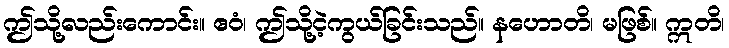
ဤသို့လည်းကောင်း။ ဧဝံ၊ ဤသို့ငဲ့ကွယ်ခြင်းသည်။ နဟောတိ၊ မဖြစ်။ ဣတိ၊